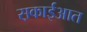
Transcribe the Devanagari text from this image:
स़काईआत